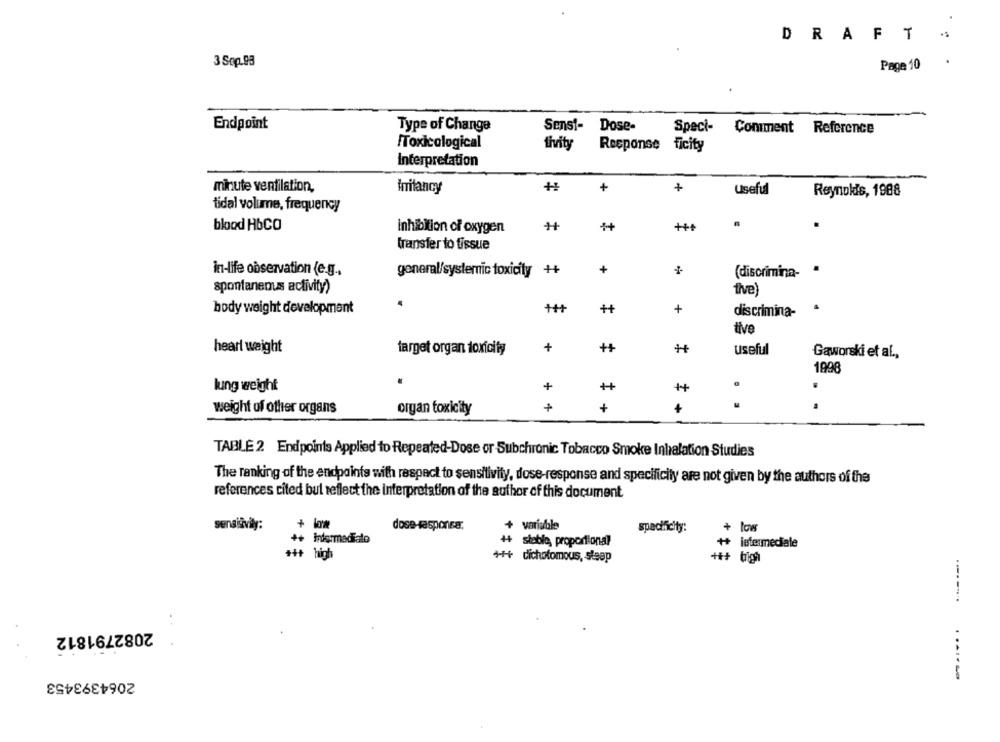
DRAFT
3 Sop.93
Page 10
Endpoint
Sensi- Dose-
Type of Change
Speci-
Comment Reference
Toxicological
tivity
Response
ficity
Interpretation
+1
+
minute ventilation,
irritancy
+
Useful
Reynolds, 1988
tidal volume, frequency
blood HbCO
inhibition of oxygen
++
transfer to fissue
in-life observation (e.g .,
general/systemic toxicity
++
+
(discrimina-
spontanenuss activity)
tive)
body weight development
+
discrimina-
tive
+
++
heart weight
target organ toxicity
useful
Gaworski et al .,
1998
+
++
lung weight
++
+
4
weight of other organs
organ toxicity
TABLE 2 Endpoints Applied to Repeated-Dose or Subchronic Tobacco Smoke Inhalation Studies
The ranking of the endpoints with respect to sensitivity, dose-response and specificily are not given by the authors of the
references cited bul reflect the interpretation of the author of this document.
sensišvily:
dose-responsa;
+ variable
+ low
specificity:
++
Informadialo
++ interneciale
++ słablo, proportional
+++ high
+++ dichotomous, sleep
+++ brigh
..
2082791812
2064393453